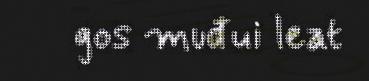
gos muđui leat